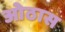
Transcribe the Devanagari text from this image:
ओठास